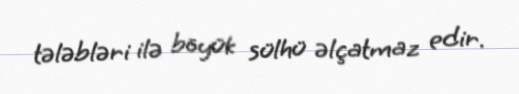
tələbləri ilə böyük sülhü əlçatmaz edir.